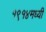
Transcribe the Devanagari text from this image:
१९१४मध्यी